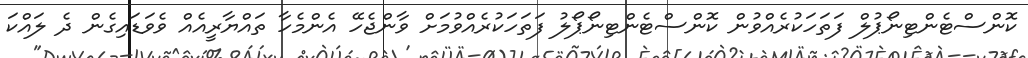
ކޮންސްޓެންޓިނޯޕުލް ފަތަހަކުރެއްވުން ކޮންސްޓެންޓިނޯޕޯލު ފަތަހަކުރެއްވުމަށް ވާންޖެހޭ އެންމެހާ ތައްޔާރީއެއް ވެވަޑައިގެން ދެ ލައްކަ